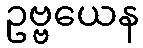
ဥဗ္ဗယေန